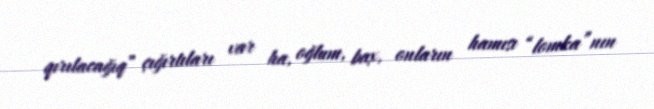
qırılacağıq” çığırtıları var ha, oğlum, bax, onların hamısı “lomka”nın